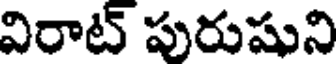
విరాట్ పురుషుని